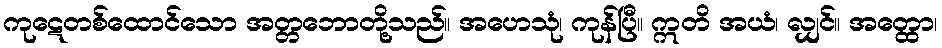
ကုဋေတစ်ထောင်သော အတ္တဘောတို့သည်။ အဟေသုံ၊ ကုန်ပြီ။ ဣတိ အယံ၊ လျှင်။ အတ္ထော၊